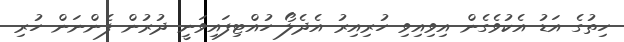
ހިތުގެ އަޑު އެކުވެގެން އިވިއިވި ހުރިއިރު އެދެލޯ ހުއްޓިފައިވަނީ ދުރުން ފެންނަން ހުރި